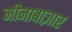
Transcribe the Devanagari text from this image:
मीनाबाज़ार